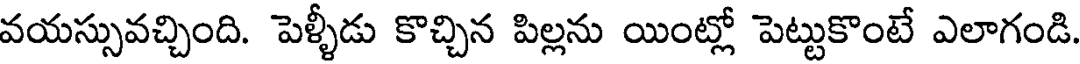
వయస్సువచ్చింది. పెళ్ళీడు కొచ్చిన పిల్లను యింట్లో పెట్టుకొంటే ఎలాగండి